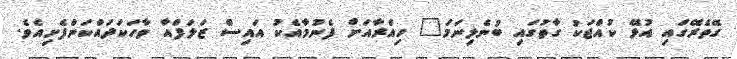
ގޭތެރޭގައި އުޅޭ ކުއްޖަކު ގާތުގައި ބުނެލިނަމަ" ހިއްރާއަށް ފެނުމާއެކު އައިސް ޒަލަފްއާ ވާހަކަދައްކަންފެށިއެވެ.